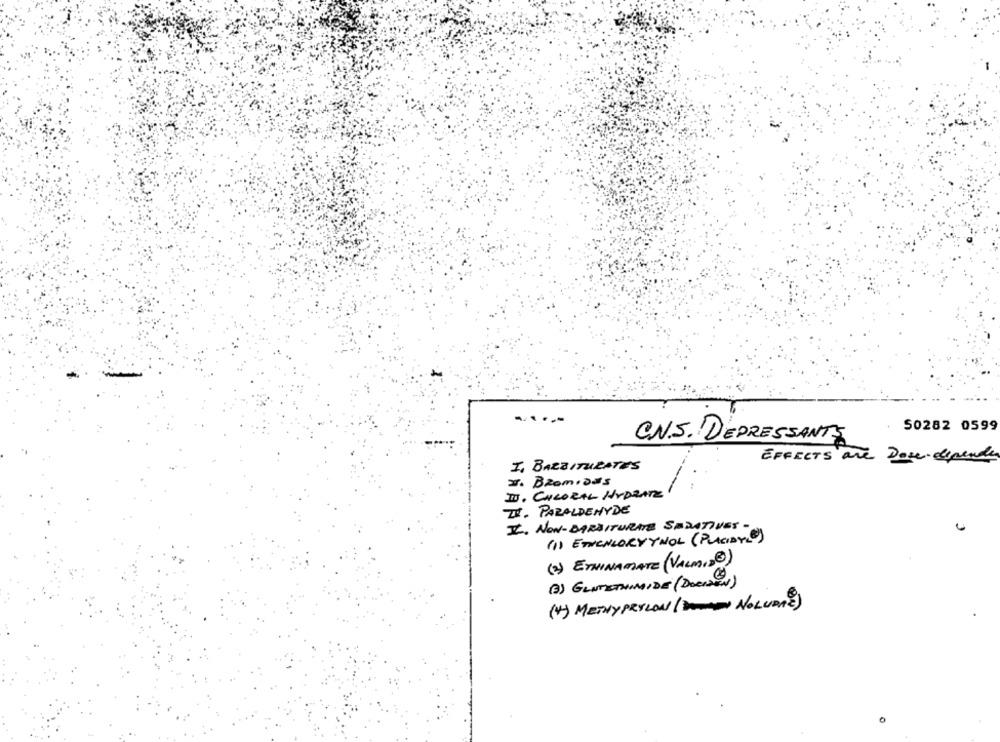
50282 0599
C.N.S. DEPRESSANTS
EFFECTS are Doce depende
I. BARBITURATES
2. BRamidus
II. CHLORAL HYDRATE
ZE. PARALDEHYDE
I. NON-BARBITURATES SEDATIVES -
(1) ETNENLORYYNOL ( PLACIATL)
(2) ETNINAMATE (VALMID@)
(3) GENTETHIMIDE (DOCKDEN)
(4) METHY PRYLON ( DENEN NOLUDRE)
0